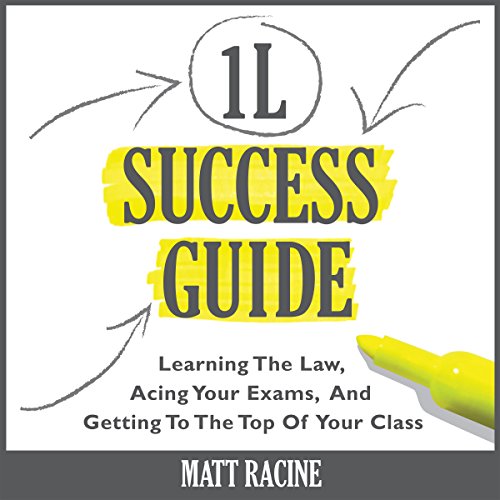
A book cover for The 1L Success Guide: Learning the Law, Acing Your Exams, and Getting to the Top of Your Class, Law School Success Guides; Matt Racine; Education & Teaching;